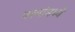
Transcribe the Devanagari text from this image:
पत्त्यांमध्ये